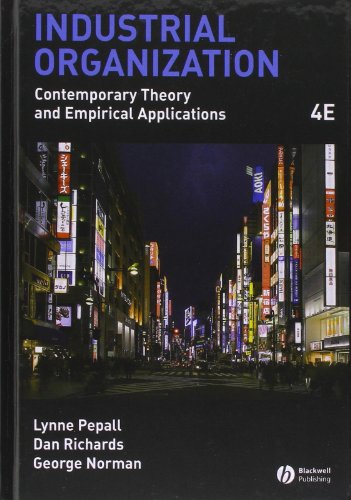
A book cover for Industrial Organization: Contemporary Theory and Empirical Applications; Lynne Pepall; Business & Money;